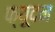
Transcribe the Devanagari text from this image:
फ्यूदन